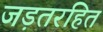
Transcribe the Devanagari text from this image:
जड़तरहित